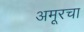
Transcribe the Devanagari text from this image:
अमूरचा